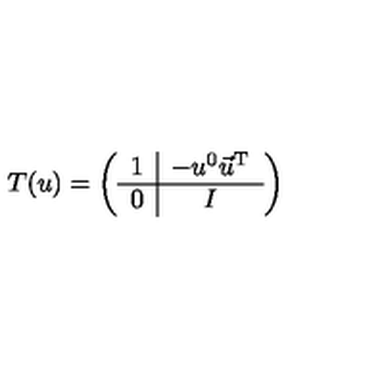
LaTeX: T ( u ) = \left( \begin{array} { c | c } { 1 } & { - u ^ { 0 } \vec { u } ^ { \mathrm { T } } } \\ \hline { 0 } & { I } \\ \end{array} \right)